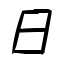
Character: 日